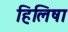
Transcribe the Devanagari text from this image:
हिलिषा